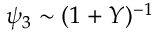
\psi _ { 3 } \sim ( 1 + Y ) ^ { - 1 }